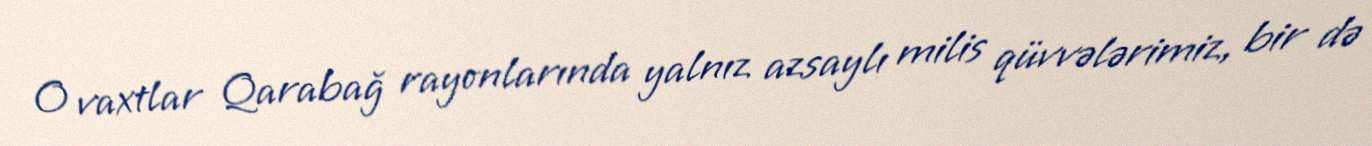
O vaxtlar Qarabağ rayonlarında yalnız azsaylı milis qüvvələrimiz, bir də